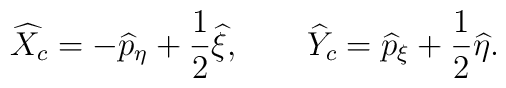
\widehat{X}_{c}=-\widehat{p}_{\eta }+\frac{1}{2}\widehat{\xi },\qquad  \widehat{Y}_{c}=\widehat{p}_{\xi }+\frac{1}{2}\widehat{\eta }.